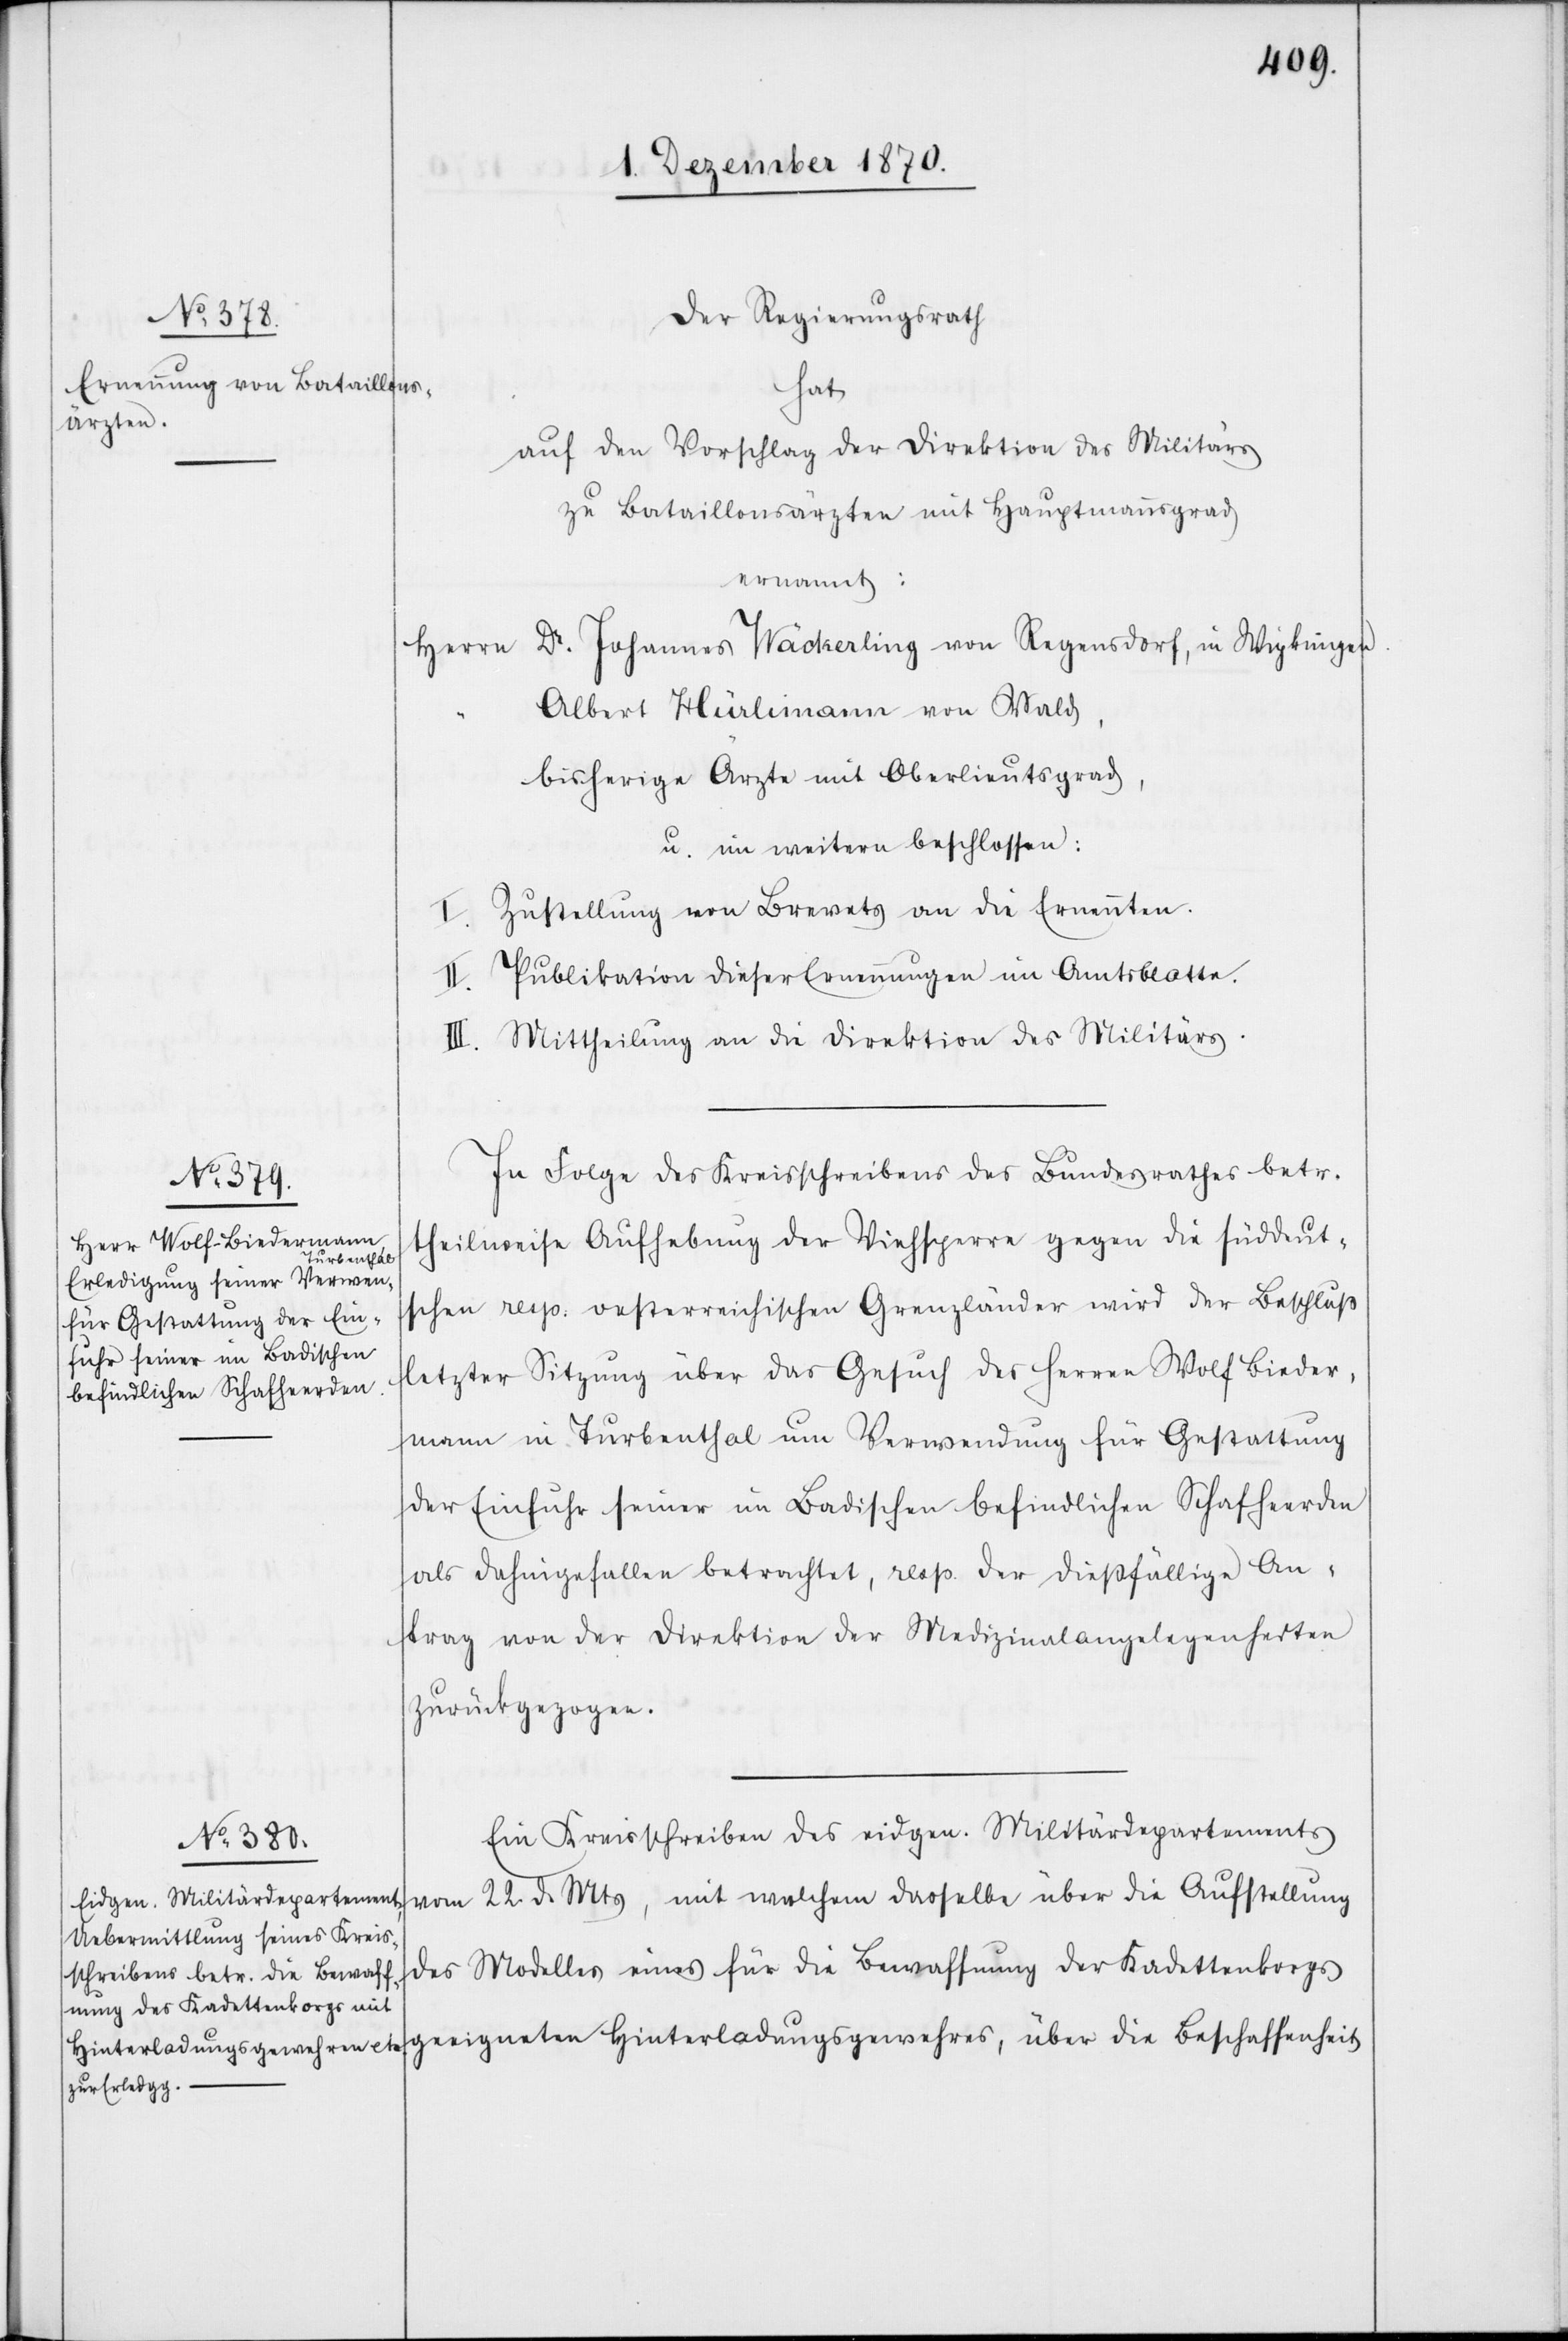
Der Regierungsrath
hat
auf den Vorschlag der Direktion des Militärs
zu Bataillonsärzten mit Hauptmannsgrad
ernannt:
Herrn Dr. Johannes Wäckerling von Regensdorf, in Wipkingen,
Albert Hürlimann von Wald,
bisherige Ärzte mit Oberlieutsgrad,
u. im weitern beschlossen:
I. Zustellung von Brevets an die Ernannten.
Publikation dieser Ernennungen im Amtsblatte.
III. Mittheilung an die Direktion des Militärs.
In Folge des Kreisschreibens des Bundesrathes betr.
theilweise Aufhebung der Viehsperre gegen die süddeut¬
schen resp: oesterreichischen Grenzländer wird der Beschluß
letzter Sitzung über das Gesuch des Herren Wolf Bieder¬
mann in Turbenthal um Verwendung für Gestattung
der Einfuhr seiner im Badischen befindlichen Schafherden
als dahingefallen betrachtet, resp. der dießfällige An¬
trag von der Direktion der Medizinalangelegenheiten
zurückgezogen.
Ein Kreisschreiben des eidgen. Militärdepartements
vom 22. d. Mts, mit welchem dasselbe über die Aufstellung
des Modelles eines für die Bewaffnung des Kadettenkorps
geeigneten Hinterladungsgewehres, über die Beschaffenheit